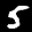
Label: 5